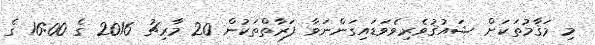
މި މަޤާމުތަކަށް ޝައުޤުވެރިވެވަޑައިގަންނަވާ ފަރާތްތަކުން 20 މާރިޗު 2016 ގެ 16:00 ގެ